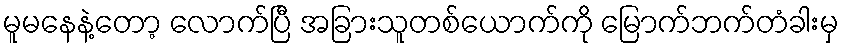
မူမနေနဲ့တော့ လောက်ပြီ အခြားသူတစ်ယောက်ကို မြောက်ဘက်တံခါးမှ